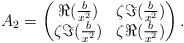
LaTeX: \begin{align*}A_2 = \left( \begin{matrix} \Re(\frac{b}{x^2}) & \zeta \Im(\frac{b}{x^2}) \\ \zeta\Im(\frac{b}{x^2}) & \zeta\Re(\frac{b}{x^2}) \end{matrix} \right). \end{align*}